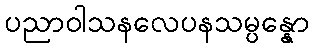
ပညာဝါသနလေပနသမ္ပန္နော